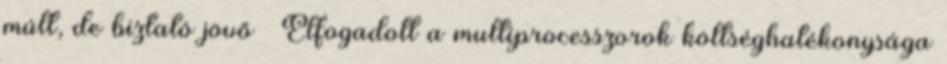
múlt, de biztató jövő ● Elfogadott a multiprocesszorok költséghatékonysága